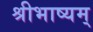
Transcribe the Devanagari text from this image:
श्रीभाष्यम्